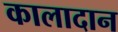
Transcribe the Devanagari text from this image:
कालादान